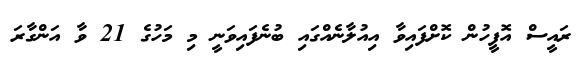
ރައީސް އޮފީހުން ކޮށްފައިވާ އިއުލާނެއްގައި ބުނެފައިވަނީ މި މަހުގެ 21 ވާ އަންގާރަ